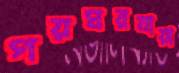
গয়ঘরযায়া